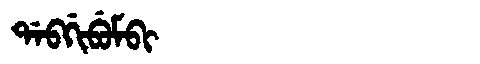
Manchu: ᡩᠠᠪᡤᡳᠪᡠᠮᠪᡳ
Romanization: DABGIBUMBI